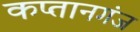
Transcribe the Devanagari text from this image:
कप्‍तानगंज